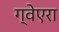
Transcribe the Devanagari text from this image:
ग्वेएरा